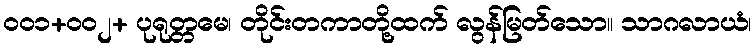
၀၀၁+၀၀၂+ ပုရုတ္တမေ၊ တိုင်းတကာတို့ထက် လွန်မြတ်သော။ သာဂလာယံ၊